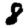
Digit: 8